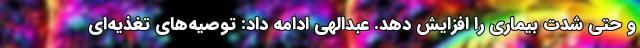
و حتی شدت بیماری را افزایش دهد. عبدالهی ادامه داد: توصیه‌های تغذیه‌ای